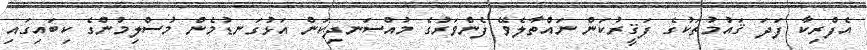
އެފްރިކާ ފަދަ ޤައުމުތަކުގެ ފަޤީރުކަން ނައްތާލެވޭ ފެންވަރުގެ މުއްސަނދިކަން އަޅުގަނޑުމެން މުސްލިމުންގެ ކިބައިގައި